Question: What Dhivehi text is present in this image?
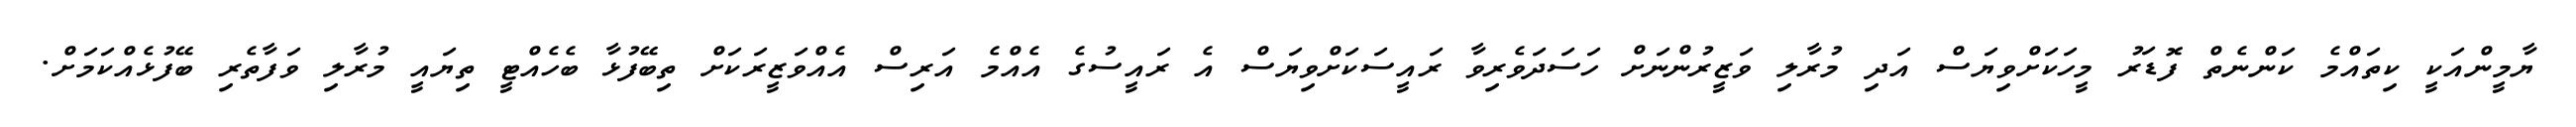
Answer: ޔާމީންއަކީ ކިތައްމެ ކަންނެތް ފޮޑަރު މީހަކަށްވިޔަސް އަދި މުރާލި ވަޒީރުންނަށް ހަސަދަވެރިވާ ރައީސަކަށްވިޔަސް އެ ރައީސުގެ އެއްމެ އަރިސް އެއްވަޒީރަކަށް ތިބޭފުޅާ ބެހެއްޓީ ތިޔައީ މުރާލި ވަފާތެރި ބޭފުޅެއްކަމަށް.